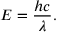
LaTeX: E = { \frac { h c } { \lambda } } .